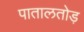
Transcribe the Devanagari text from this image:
पातालतोड़